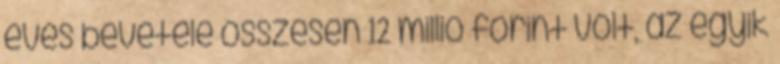
éves bevétele összesen 12 millió forint volt, az egyik